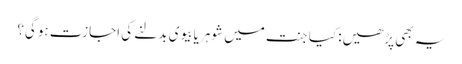
یہ بھی پڑھیں: کیا جنت میں شوہر یا بیوی بدلنے کی اجازت ہوگی؟